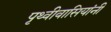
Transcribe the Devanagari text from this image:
पृथ्वीवासियांनी